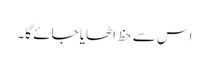
اس سے حظ اٹھایا جائے گا۔